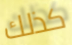
كذلك